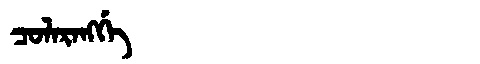
Manchu: ᠴᠣᠯᠠᡵᠠᠩᡤᡝ
Romanization: COLARANGGE